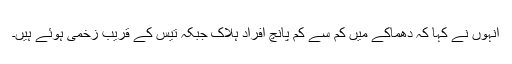
انہوں نے کہا کہ دھماکے میں کم سے کم پانچ افراد ہلاک جبکہ تیس کے قریب زخمی ہوئے ہیں۔